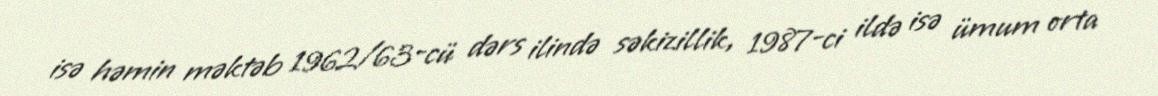
isə həmin məktəb 1962/63-cü dərs ilində səkizillik, 1987-ci ildə isə ümum orta